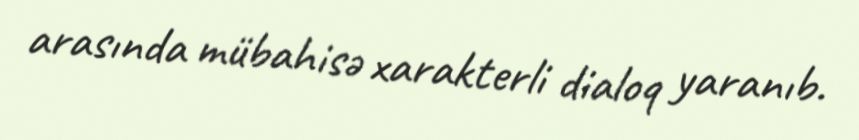
arasında mübahisə xarakterli dialoq yaranıb.